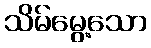
သိမ်မွေ့သော